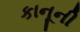
કાનૂની